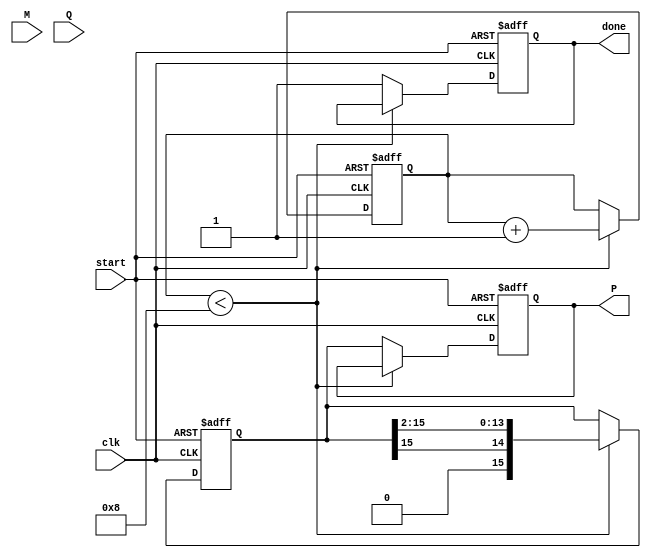
module booth_multiplier (
    input wire [7:0] M,        // Multiplicand
    input wire [7:0] Q,        // Multiplier
    input wire clk,            // Clock
    input wire start,          // Start signal
    output reg [15:0] P,       // Product
    output reg done            // Done flag
);

    reg [7:0] Q_reg;
    reg [7:0] M_reg;
    reg [7:0] Q_minus1;        // Q(-1)
    reg [3:0] count;           // Counter for number of bits
    reg [15:0] A;              // Accumulator

    // Initialization
    always @(posedge clk or negedge start) begin
        if (!start) begin
            P <= 16'b0;
            done <= 0;
            count <= 4'b0;
            A <= 16'b0;
            Q_reg <= Q;
            M_reg <= M;
            Q_minus1 <= 1'b0;  // Initialize Q(-1) to 0
        end else if (count < 8) begin
            // Booth's algorithm
            case ({Q_reg[0], Q_minus1})
                2'b01: A <= A + {8'b0, M_reg}; // Add M to A
                2'b10: A <= A - {8'b0, M_reg}; // Subtract M from A
                2'b00: A <= A;                 // Do nothing
                2'b11: A <= A;                 // Do nothing
            endcase
            
            // Shift right A and Q
            {A, Q_reg} <= {A[15], A[15:1], Q_reg[7:1]}; // Arithmetic right shift

            // Update Q(-1)
            Q_minus1 <= Q_reg[0];

            // Increment the count
            count <= count + 1;
        end else begin
            // Final output
            P <= A;  // Store the result in P
            done <= 1; // Indicate that multiplication is done
        end
    end
endmodule